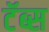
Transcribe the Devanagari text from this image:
टॅब्स